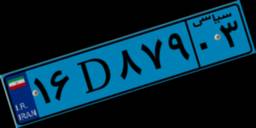
۲۴D۴۸۴۰۸